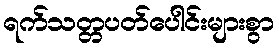
ရက်သတ္တပတ်ပေါင်းများစွာ